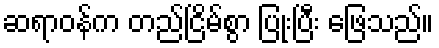
ဆရာဝန်က တည်ငြိမ်စွာ ပြုံးပြီး ဖြေသည်။